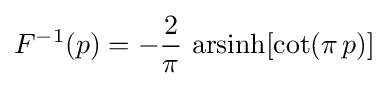
F^{-1}(p)=-{\frac {2}{\pi }}\,\operatorname {arsinh} \!\left[\cot(\pi \,p)\right]\!